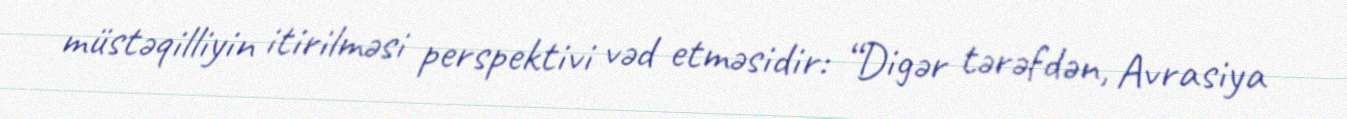
müstəqilliyin itirilməsi perspektivi vəd etməsidir: “Digər tərəfdən, Avrasiya